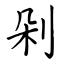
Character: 剁